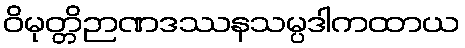
ဝိမုတ္တိဉာဏဒဿနသမ္ပဒါကထာယ